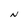
Character: N